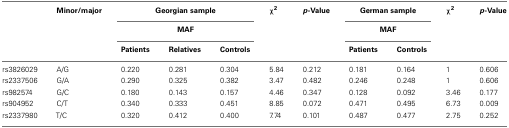
<table><thead><tr><td></td><td><b>Minor/major</b></td><td colspan="3"><b>Georgian sample</b></td><td><b>χ<sup>2</sup></b></td><td><b><i>p</i>-Value</b></td><td colspan="2"><b>German sample</b></td><td><b>χ<sup>2</sup></b></td><td><b><i>p</i>-Value</b></td></tr><tr><td></td><td></td><td colspan="3"><b>MAF</b></td><td></td><td></td><td colspan="2"><b>MAF</b></td><td></td><td></td></tr><tr><td></td><td></td><td><b>Patients</b></td><td><b>Relatives</b></td><td><b>Controls</b></td><td></td><td></td><td><b>Patients</b></td><td><b>Controls</b></td><td></td></tr></thead><tbody><tr><td>rs3826029</td><td>A/G</td><td>0.220</td><td>0.281</td><td>0.304</td><td>5.84</td><td>0.212</td><td>0.181</td><td>0.164</td><td>1</td><td>0.606</td></tr><tr><td>rs2337506</td><td>G/A</td><td>0.290</td><td>0.325</td><td>0.382</td><td>3.47</td><td>0.482</td><td>0.246</td><td>0.248</td><td>1</td><td>0.606</td></tr><tr><td>rs982574</td><td>G/C</td><td>0.180</td><td>0.143</td><td>0.157</td><td>4.46</td><td>0.347</td><td>0.128</td><td>0.092</td><td>3.46</td><td>0.177</td></tr><tr><td>rs904952</td><td>C/T</td><td>0.340</td><td>0.333</td><td>0.451</td><td>8.85</td><td>0.072</td><td>0.471</td><td>0.495</td><td>6.73</td><td>0.009</td></tr><tr><td>rs2337980</td><td>T/C</td><td>0.320</td><td>0.412</td><td>0.400</td><td>7.74</td><td>0.101</td><td>0.487</td><td>0.477</td><td>2.75</td><td>0.252</td></tr></tbody></table>